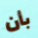
بأن